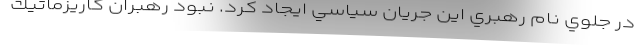
در جلوي نام رهبري اين جريان سياسي ايجاد كرد. نبود رهبران كاريزماتيك